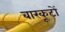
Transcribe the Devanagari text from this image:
बारकूटों